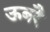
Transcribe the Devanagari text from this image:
ऊबरै